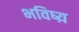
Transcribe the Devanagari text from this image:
भविष्य़